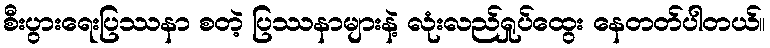
စီးပွားရေးပြဿနာ စတဲ့ ပြဿနာများနဲ့ လုံးလည်ရှုပ်ထွေး နေတတ်ပါတယ်။